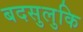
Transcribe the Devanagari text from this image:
बदसुलुकि